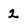
Character: 2